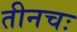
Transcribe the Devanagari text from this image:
तीनचः